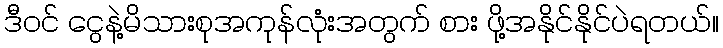
ဒီဝင် ငွေနဲ့မိသားစုအကုန်လုံးအတွက် စား ဖို့အနိုင်နိုင်ပဲရတယ်။